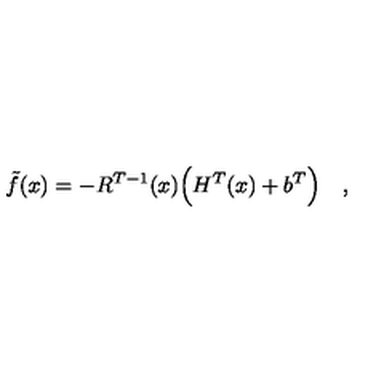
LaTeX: \tilde { f } ( x ) = - R ^ { T - 1 } ( x ) \Bigl ( H ^ { T } ( x ) + b ^ { T } \Bigr ) \quad ,